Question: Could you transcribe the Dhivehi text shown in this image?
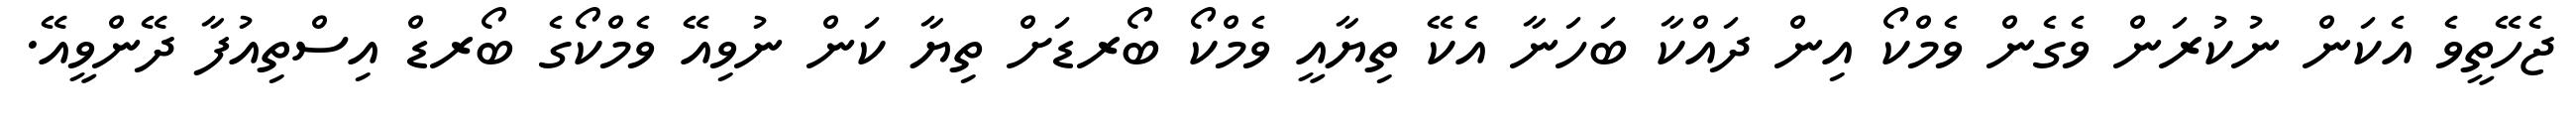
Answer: ޖެހޭތީވެ އެކަން ނުކުރަން ވެގެން ވެމްކޯ އިން ދައްކާ ބަހަނާ އެކޭ ތިޔާއީ ވެމްކޯ ބޯރޑަށް ތިޔާ ކަން ނުވިއޭ ވެމްކޯގެ ބޯރޑް އިސްތިއުފާ ދޭންވީއޭ.